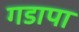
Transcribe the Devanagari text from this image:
गडापा